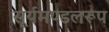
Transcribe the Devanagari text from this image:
सूर्यमण्डलरूप